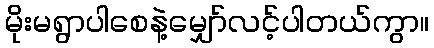
မိုးမရွာပါစေနဲ့မျှော်လင့်ပါတယ်ကွာ။